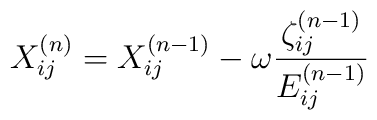
X_{ij}^{(n)}=X_{ij}^{(n-1)}-\omega \frac{\zeta _{ij}^{(n-1)}}{E_{ij}^{(n-1)}}